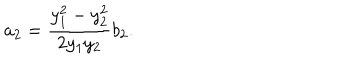
a _ { 2 } = \frac { y _ { 1 } ^ { 2 } - y _ { 2 } ^ { 2 } } { 2 y _ { 1 } y _ { 2 } } b _ { 2 } .